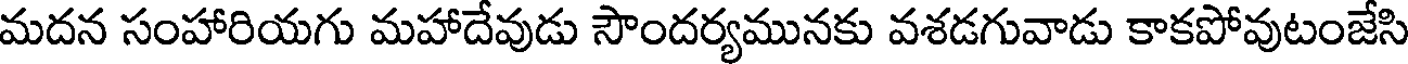
మదన సంహారియగు మహాదేవుడు సౌందర్యమునకు వశడగువాడు కాకపోవుటంజేసి